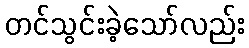
တင်သွင်းခဲ့သော်လည်း